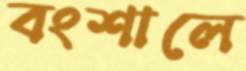
বংশালে